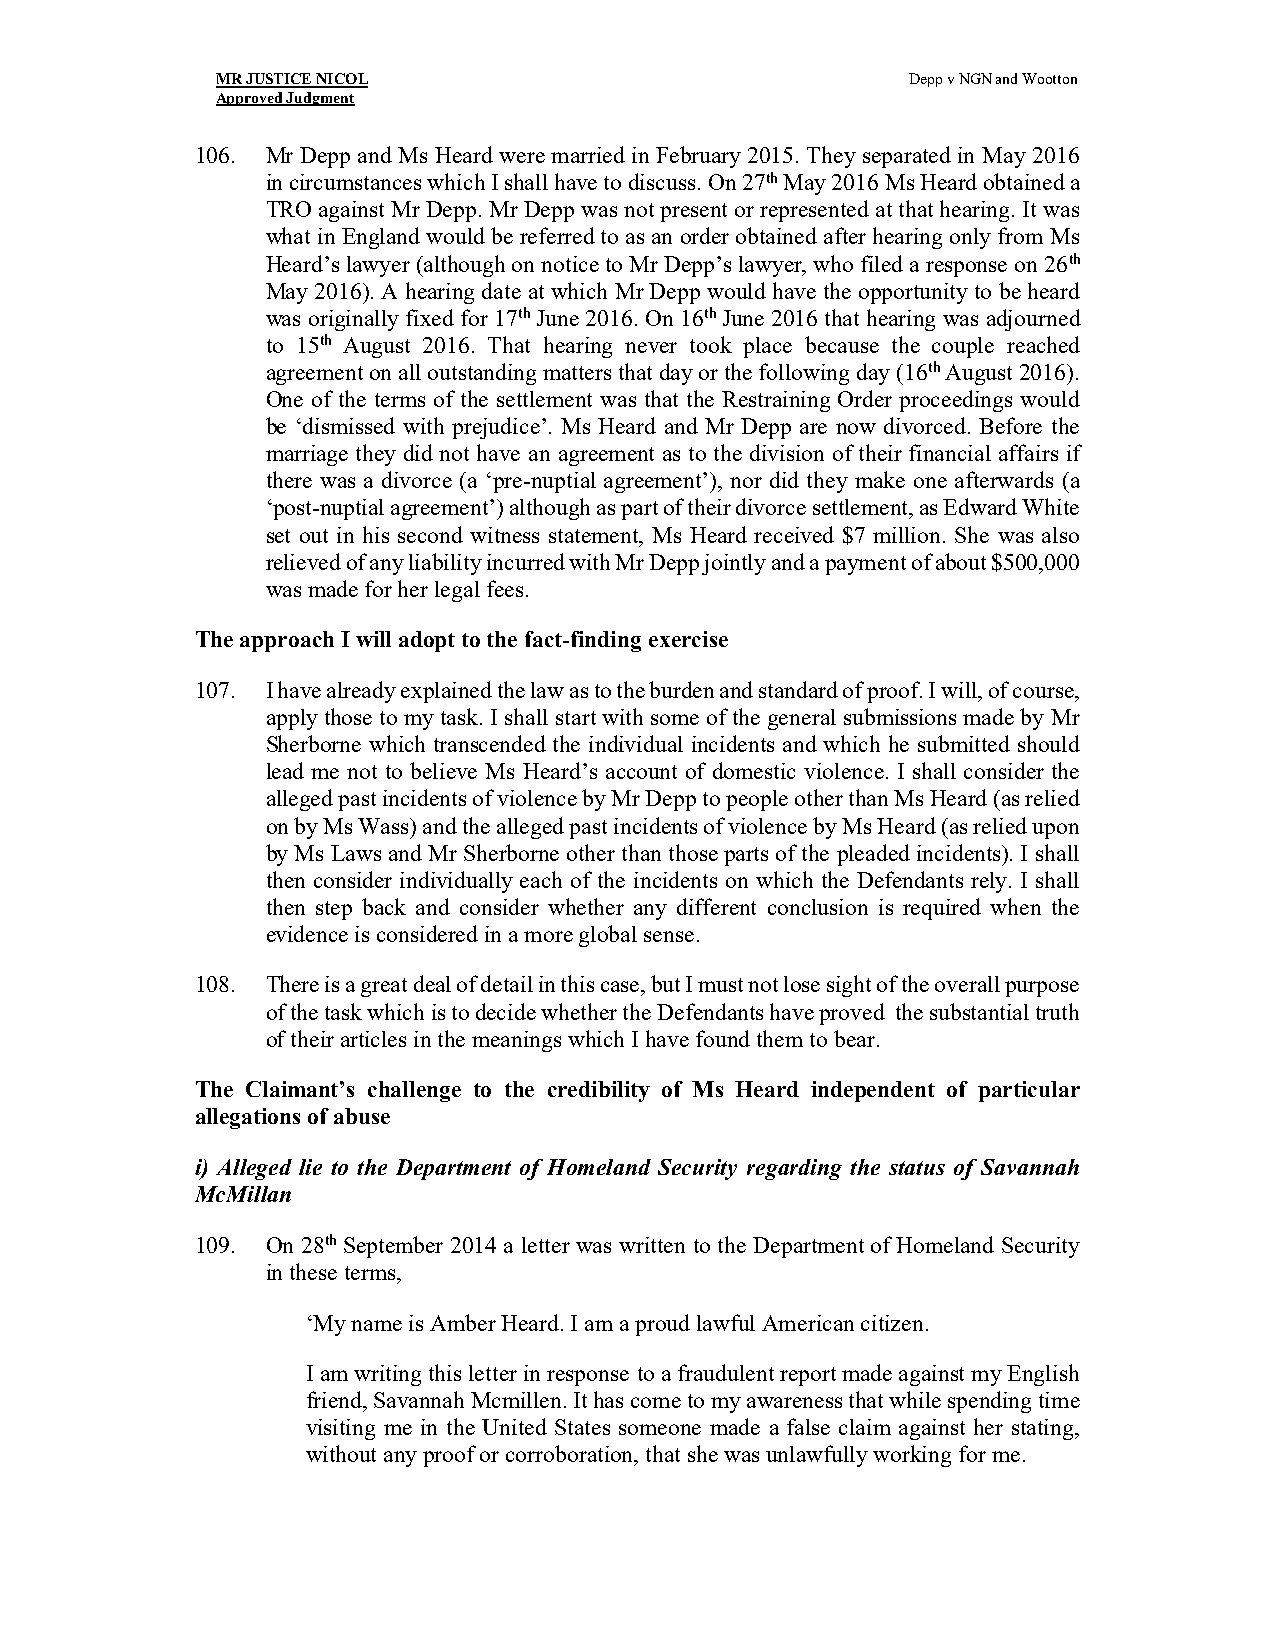
MR JUSTICE NICOL                              Depp v NGN and Wootton
 Approved Judgment
 106. Mr Depp and Ms Heard were married in February 2015. They separated in May 2016
 in circumstances which I shall have to discuss. On 27th May 2016 Ms Heard obtained a
 TRO against Mr Depp. Mr Depp was not present or represented at that hearing. It was
 what in England would be referred to as an order obtained after hearing only from Ms
 Heard’s lawyer (although on notice to Mr Depp’s lawyer, who filed a response on 26th
 May 2016). A hearing date at which Mr Depp would have the opportunity to be heard
 was originally fixed for 17th June 2016. On 16th June 2016 that hearing was adjourned
 to 15th August 2016. That hearing never took place because the couple reached
 agreement on all outstanding matters that day or the following day (16th August 2016).
 One of the terms of the settlement was that the Restraining Order proceedings would
 be ‘dismissed with prejudice’. Ms Heard and Mr Depp are now divorced. Before the
 marriage they did not have an agreement as to the division of their financial affairs if
 there was a divorce (a ‘pre-nuptial agreement’), nor did they make one afterwards (a
 ‘post-nuptial agreement’) although as part of their divorce settlement, as Edward White
 set out in his second witness statement, Ms Heard received $7 million. She was also
 relieved of any liability incurred with Mr Depp jointly and a payment of about $500,000
 was made for her legal fees.
 The approach I will adopt to the fact-finding exercise
 107. I have already explained the law as to the burden and standard of proof. I will, of course,
 apply those to my task. I shall start with some of the general submissions made by Mr
 Sherborne which transcended the individual incidents and which he submitted should
 lead me not to believe Ms Heard’s account of domestic violence. I shall consider the
 alleged past incidents of violence by Mr Depp to people other than Ms Heard (as relied
 on by Ms Wass) and the alleged past incidents of violence by Ms Heard (as relied upon
 by Ms Laws and Mr Sherborne other than those parts of the pleaded incidents). I shall
 then consider individually each of the incidents on which the Defendants rely. I shall
 then step back and consider whether any different conclusion is required when the
 evidence is considered in a more global sense.
 108. There is a great deal of detail in this case, but I must not lose sight of the overall purpose
 of the task which is to decide whether the Defendants have proved the substantial truth
 of their articles in the meanings which I have found them to bear.
 The Claimant’s challenge to the credibility of Ms Heard independent of particular
 allegations of abuse
 i) Alleged lie to the Department of Homeland Security regarding the status of Savannah
 McMillan
 109. On 28th September 2014 a letter was written to the Department of Homeland Security
 in these terms,
 ‘My name is Amber Heard. I am a proud lawful American citizen.
 I am writing this letter in response to a fraudulent report made against my English
 friend, Savannah Mcmillen. It has come to my awareness that while spending time
 visiting me in the United States someone made a false claim against her stating,
 without any proof or corroboration, that she was unlawfully working for me.